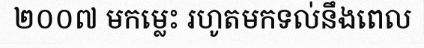
២០០៧ មកម្លេះ រហូតមកទល់នឹងពេល